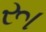
રૂા